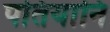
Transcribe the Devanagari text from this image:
पतियानि